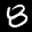
Label: 8